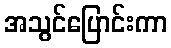
အသွင်ပြောင်းကာ